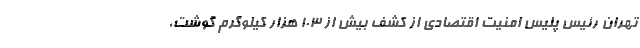
تهران رئیس پلیس امنیت اقتصادی از کشف بیش از ۱۰۳ هزار کیلوگرم گوشت،